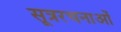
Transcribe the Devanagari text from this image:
सूत्ररचनाओं